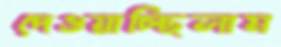
দেওয়াচ্ছিলাম